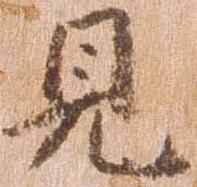
見